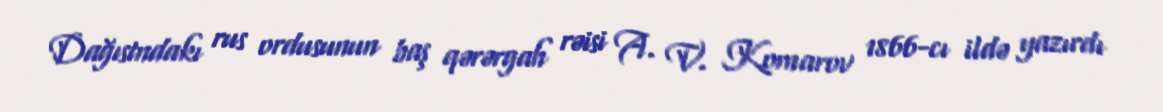
Dağıstndakı rus ordusunun baş qərərgah rəisi A. V. Komarov 1866-cı ildə yazırdı